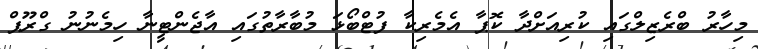
މިހާރު ބްރެޒިލްގައި ކުރިއަށްދާ ކޮޕާ އެމެރިކާ ފުޓްބޯޅަ މުބާރާތުގައި އާޖެންޓީނާ ހިމެނުނު ގްރޫޕް